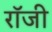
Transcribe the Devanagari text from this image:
राॅजी